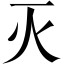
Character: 灭